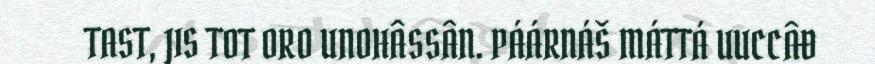
TAST, JIS TOT ORO UNOHÂSSÂN. PÁÁRNÁŠ MÁTTÁ UUCCÂĐ